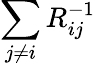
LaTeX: \sum_{j\neq i}R_{ij}^{-1}